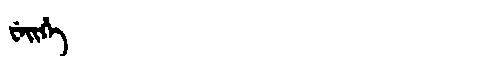
Manchu: ᠸᡝᡳᡥᡝ
Romanization: WEIHE